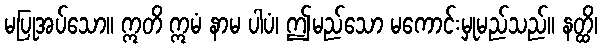
မပြုအပ်သော။ ဣတိ ဣမံ နာမ ပါပံ၊ ဤမည်သော မကောင်းမှုမည်သည်။ နတ္ထိ၊